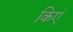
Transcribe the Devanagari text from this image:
किएँ